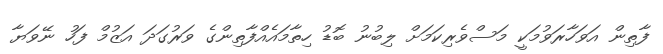
ފާތިން އަވަހާރަވުމަކީ މަސްވެރިކަމަށް ލިބުނު ބޮޑު ހިތާމައެއްފާތިންގެ ވަރުގަދަ އަޒުމް ފަހު ނޭވަޔާ